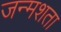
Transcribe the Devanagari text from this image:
जन्मशता